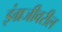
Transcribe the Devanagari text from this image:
इंग्रजीवरील